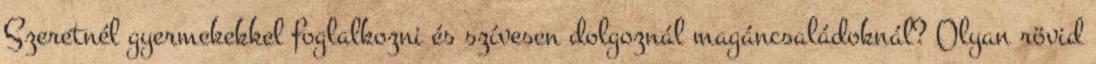
Szeretnél gyermekekkel foglalkozni és szívesen dolgoznál magáncsaládoknál? Olyan rövid